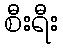
စီးရီး